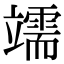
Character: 䇕